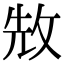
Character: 㪇